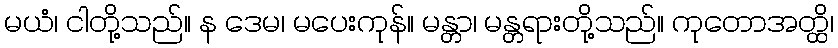
မယံ၊ ငါတို့သည်။ န ဒေမ၊ မပေးကုန်။ မန္တာ၊ မန္တရားတို့သည်။ ကုတောအတ္ထိ၊